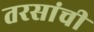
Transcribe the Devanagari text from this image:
तरसांची